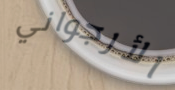
الأرجواني